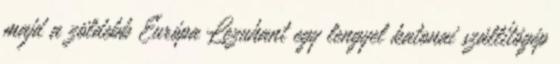
majd a zöldebb Európa Lezuhant egy lengyel katonai szállítógép